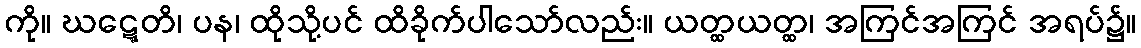
ကို။ ဃဋ္ဋေတိ၊ ပန၊ ထိုသို့ပင် ထိခိုက်ပါသော်လည်း။ ယတ္ထယတ္ထ၊ အကြင်အကြင် အရပ်၌။